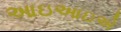
આઇઆઇએ